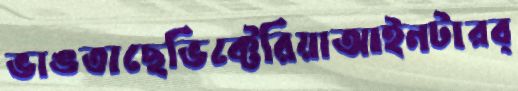
ভাঙতাছেভিক্টেরিয়াআইনটারব্